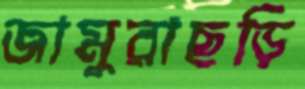
জামুরাছড়ি